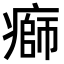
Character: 𤹌